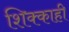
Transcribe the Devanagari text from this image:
शिक्काही